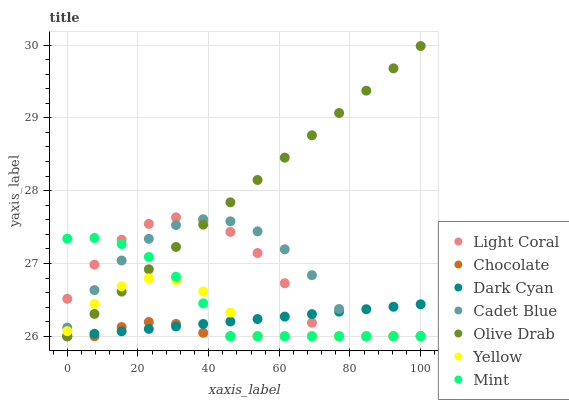
| xaxis_label | Light Coral | Chocolate | Dark Cyan | Cadet Blue | Olive Drab | Yellow | Mint |
 | --- | --- | --- | --- | --- | --- | --- | --- |
 | 0 | 26.5 | 26 | 26 | 26.1 | 26 | 26.1 | 27.3 |
 | 7.69 | 27 | 26 | 26 | 26.6 | 26.3 | 26.4 | 27.4 |
 | 15.4 | 27.3 | 26.1 | 26.1 | 27 | 26.6 | 26.7 | 27.3 |
 | 23.1 | 27.5 | 26.2 | 26.1 | 27.3 | 26.9 | 26.8 | 27.1 |
 | 30.8 | 27.6 | 26.2 | 26.1 | 27.5 | 27.2 | 26.8 | 26.8 |
 | 38.5 | 27.6 | 26 | 26.2 | 27.6 | 27.5 | 26.6 | 26.5 |
 | 46.2 | 27.4 | 26 | 26.2 | 27.6 | 27.8 | 26.3 | 26 |
 | 53.8 | 27.1 | 26 | 26.2 | 27.4 | 28.1 | 26 | 26 |
 | 61.5 | 26.7 | 26 | 26.3 | 27.2 | 28.5 | 26 | 26 |
 | 69.2 | 26.2 | 26 | 26.3 | 26.8 | 28.8 | 26 | 26 |
 | 76.9 | 26 | 26 | 26.3 | 26.4 | 29.1 | 26 | 26 |
 | 84.6 | 26 | 26 | 26.4 | 26 | 29.4 | 26 | 26 |
 | 92.3 | 26 | 26 | 26.4 | 26 | 29.7 | 26 | 26 |
 | 100 | 26 | 26 | 26.4 | 26 | 30 | 26 | 26 |